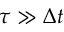
\tau \gg \Delta t